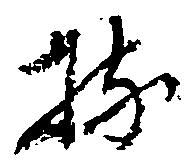
持